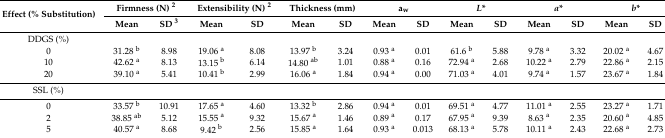
<table><thead><tr><td rowspan="2"><b>Effect (% Substitution)</b></td><td colspan="2"><b>Firmness (N) <sup>2</sup></b></td><td colspan="2"><b>Extensibility (N) <sup>2</sup></b></td><td colspan="2"><b>Thickness (mm)</b></td><td colspan="2"><b>a<sub>w</sub></b></td><td colspan="2"><b><i>L</i>*</b></td><td colspan="2"><b><i>a</i>*</b></td><td colspan="2"><b><i>b</i>*</b></td></tr><tr><td><b>Mean</b></td><td><b>SD <sup>3</sup></b></td><td><b>Mean</b></td><td><b>SD</b></td><td><b>Mean</b></td><td><b>SD</b></td><td><b>Mean</b></td><td><b>SD</b></td><td><b>Mean</b></td><td><b>SD</b></td><td><b>Mean</b></td><td><b>SD</b></td><td><b>Mean</b></td><td><b>SD</b></td></tr></thead><tbody><tr><td>DDGS (%)</td><td></td><td></td><td></td><td></td><td></td><td></td><td></td><td></td><td></td><td></td><td></td><td></td><td></td><td></td></tr><tr><td>0</td><td>31.28 <sup>b</sup></td><td>8.98</td><td>19.06 <sup>a</sup></td><td>8.08</td><td>13.97 <sup>b</sup></td><td>3.24</td><td>0.93 <sup>a</sup></td><td>0.01</td><td>61.6 <sup>b</sup></td><td>5.88</td><td>9.78 <sup>a</sup></td><td>3.32</td><td>20.02 <sup>a</sup></td><td>4.67</td></tr><tr><td>10</td><td>42.62 <sup>a</sup></td><td>8.13</td><td>13.15 <sup>b</sup></td><td>6.14</td><td>14.80 <sup>ab</sup></td><td>1.01</td><td>0.88 <sup>a</sup></td><td>0.16</td><td>72.94 <sup>a</sup></td><td>2.68</td><td>10.22 <sup>a</sup></td><td>2.79</td><td>22.86 <sup>a</sup></td><td>2.15</td></tr><tr><td>20</td><td>39.10 <sup>a</sup></td><td>5.41</td><td>10.41 <sup>b</sup></td><td>2.99</td><td>16.06 <sup>a</sup></td><td>1.84</td><td>0.94 <sup>a</sup></td><td>0.00</td><td>71.03 <sup>a</sup></td><td>4.01</td><td>9.74 <sup>a</sup></td><td>1.57</td><td>23.67 <sup>a</sup></td><td>1.84</td></tr><tr><td>SSL (%)</td><td></td><td></td><td></td><td></td><td></td><td></td><td></td><td></td><td></td><td></td><td></td><td></td><td></td><td></td></tr><tr><td>0</td><td>33.57 <sup>b</sup></td><td>10.91</td><td>17.65 <sup>a</sup></td><td>4.60</td><td>13.32 <sup>b</sup></td><td>2.86</td><td>0.94 <sup>a</sup></td><td>0.01</td><td>69.51 <sup>a</sup></td><td>4.77</td><td>11.01 <sup>a</sup></td><td>2.55</td><td>23.27 <sup>a</sup></td><td>1.71</td></tr><tr><td>2</td><td>38.85 <sup>ab</sup></td><td>5.12</td><td>15.55 <sup>a</sup></td><td>9.32</td><td>15.67 <sup>a</sup></td><td>1.46</td><td>0.89 <sup>a</sup></td><td>0.17</td><td>67.95 <sup>a</sup></td><td>9.39</td><td>8.63 <sup>a</sup></td><td>2.35</td><td>20.60 <sup>a</sup></td><td>4.85</td></tr><tr><td>5</td><td>40.57 <sup>a</sup></td><td>8.68</td><td>9.42 <sup>b</sup></td><td>2.56</td><td>15.85 <sup>a</sup></td><td>1.64</td><td>0.93 <sup>a</sup></td><td>0.013</td><td>68.13 <sup>a</sup></td><td>5.78</td><td>10.11 <sup>a</sup></td><td>2.43</td><td>22.68 <sup>a</sup></td><td>2.73</td></tr></tbody></table>